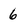
Character: 6